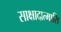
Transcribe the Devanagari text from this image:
साक्षादात्मासि